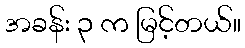
အခန်း ၃ က မြင့်တယ်။